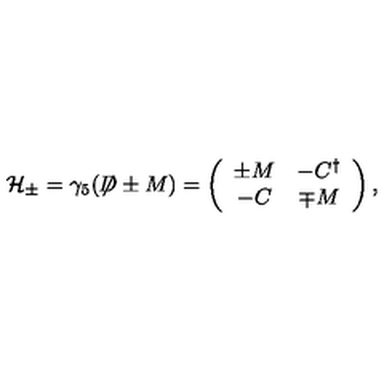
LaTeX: { \cal H } _ { \pm } = \gamma _ { 5 } ( \not \! \! D \pm M ) = \left( \begin{array} { c c } { \pm M } & { - C ^ { \dagger } } \\ { - C } & { \mp M } \\ \end{array} \right) ,